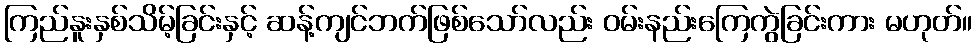
ကြည်နူးနှစ်သိမ့်ခြင်းနှင့် ဆန့်ကျင်ဘက်ဖြစ်သော်လည်း ဝမ်းနည်းကြေကွဲခြင်းကား မဟုတ်။